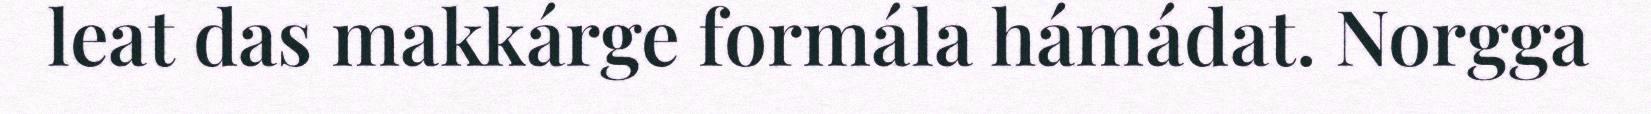
leat das makkárge formála hámádat. Norgga